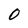
Character: 0